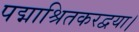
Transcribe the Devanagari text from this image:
पद्माश्रितकरद्वया।